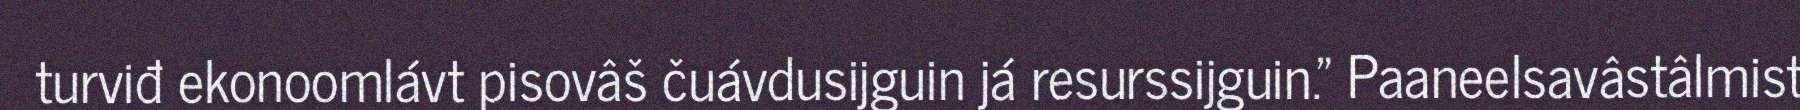
turviđ ekonoomlávt pisovâš čuávdusijguin já resurssijguin." Paaneelsavâstâlmist